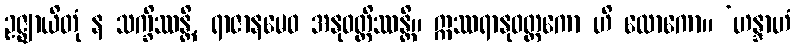
ဥဇ္ဈာယိတုံ န သက္ခိဿန္တိ, ရာဇာနမေဝ အနုဝတ္တိဿန္တိ။ ဣဿရာနုဝတ္တကော ဟိ လောကော။ ‘ဟန္ဒာဟံ